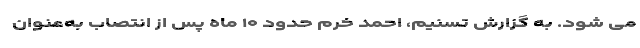
می شود. به گزارش تسنیم، احمد خرم حدود ۱۰ ماه پس از انتصاب به‌عنوان